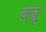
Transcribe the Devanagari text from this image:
वजू